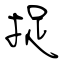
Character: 捉